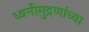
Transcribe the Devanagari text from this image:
ध्वनीमुद्रणांच्या